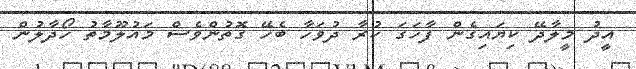
އީދު މީލާދޭ ކިޔައިގެން ފާހަގަ ކުރާ ދުވަހާ ބެހޭ ގޮތުންވެސް މައުލޫމާތު ހޯދާލުން